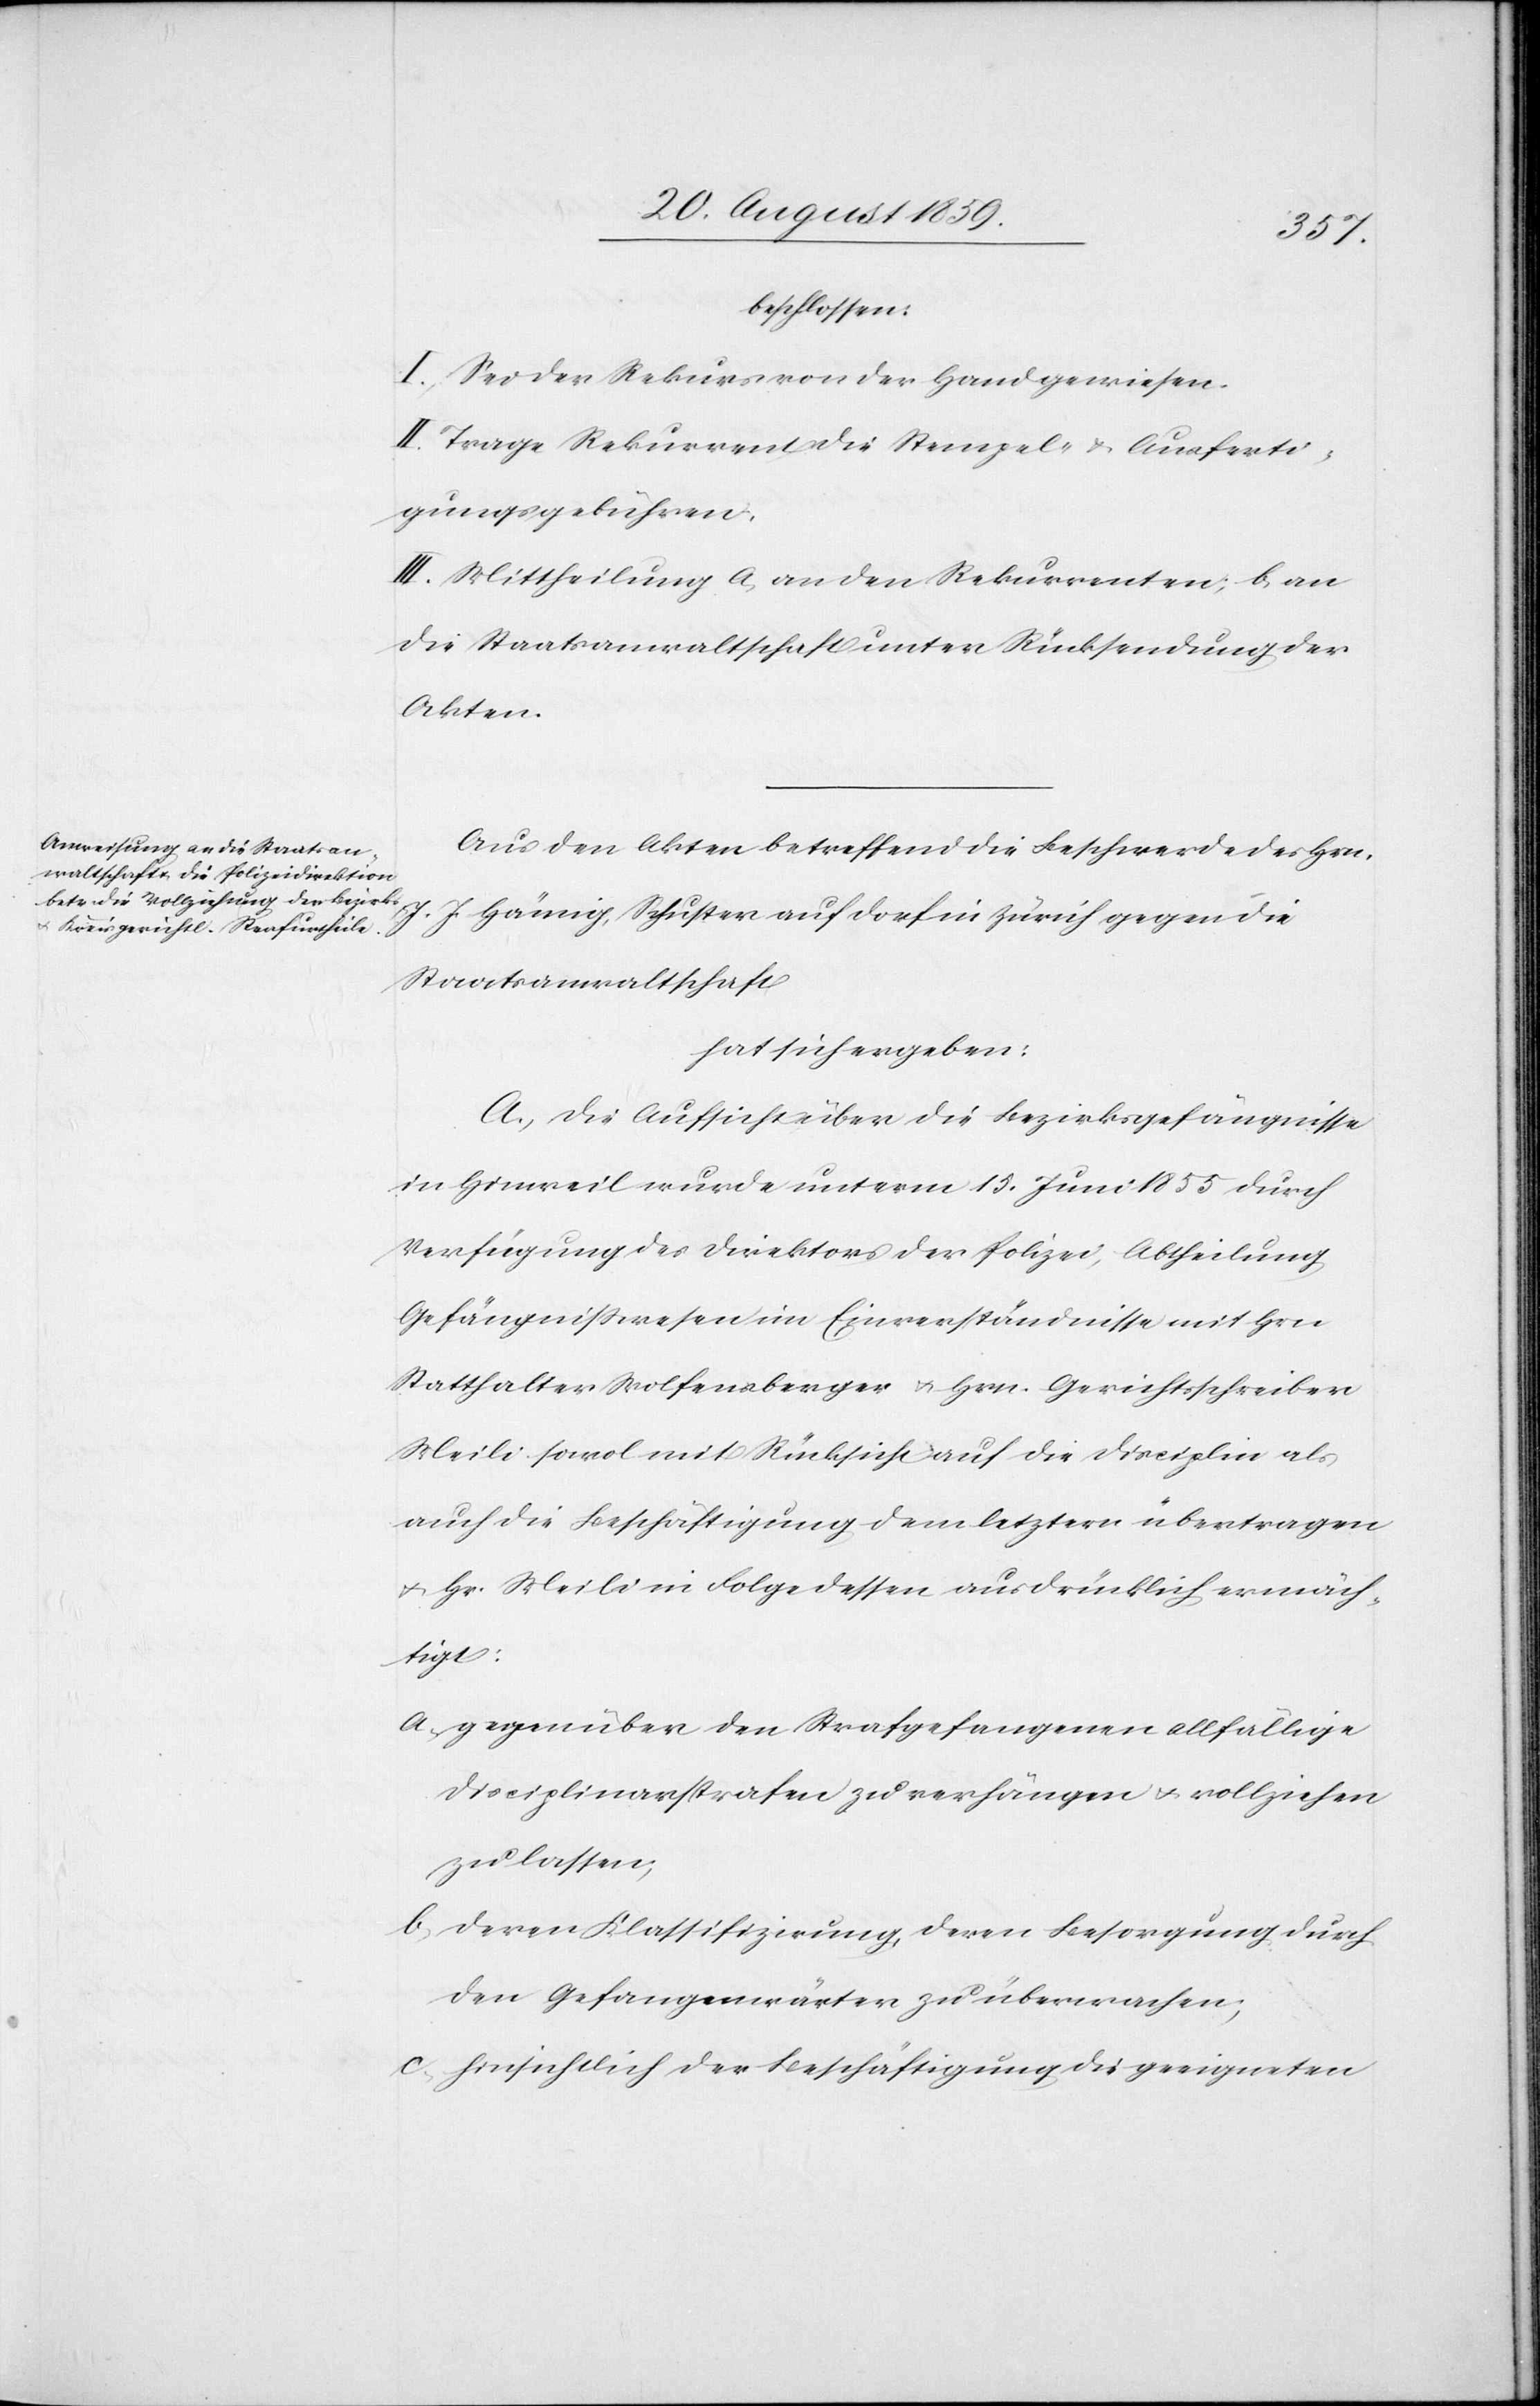
beschlossen:
I. Sei der Rekurs von der Hand gewiesen.
II. Trage Rekurrent die Stempel- & Ausferti¬
gungsgebühren,
III. Mittheilung a) an den Rekurrenten; b) an
die Staatsanwaltschaft unter Rücksendung der
Akten.
Aus den Akten betreffend die Beschwerde des Hr¬
J. J. Hämig, Schuster auf Dorf in Zürich gegen die
n.
Staatsanwaltschaft
hat sich ergeben:
A. Die Aufsicht über die Bezirksgefängnisse
in Hinweil wurde unterm 15. Juni 1855 durch
Verfügung des Direktors der Polizei, Abhteilung
Gefängnißwesen im Einverständnisse mit Hrn.
Statthalter Wolfensberger & Hrn. Gerichtsschreiber
Meili sowol mit Rücksicht auf die Disciplin als
auch die Beschäftigung dem letztern übertragen
& Hr. Meili in Folge dessen ausdrücklich ermäch¬
tigt:
a. gegenüber den Strafgefangenen allfällige
Disciplinarstrafen zu verhängen & vollziehen
zu lassen;
b. deren Klassifizirung, deren Besorgung durch
den Gefangenwärter zu überwachen;
c. hinsichtlich der Beschäftigung die geeigneten